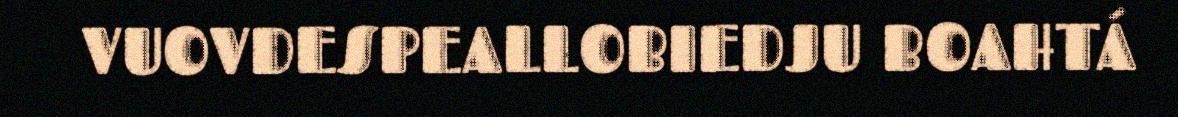
VUOVDESPEALLOBIEDJU BOAHTÁ